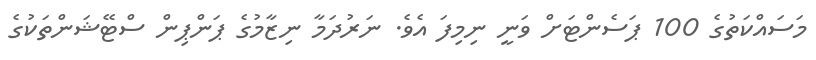
މަސައްކަތުގެ 100 ޕަސެންޓަށް ވަނީ ނިމިފަ އެވެ. ނަރުދަމާ ނިޒާމުގެ ޕަންޕިން ސްޓޭޝަންތަކުގެ